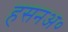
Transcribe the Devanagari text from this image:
हसनअ०